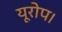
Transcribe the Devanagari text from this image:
यूरोप।